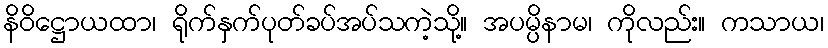
နိဝိဋ္ဌောယထာ၊ ရိုက်နှက်ပုတ်ခပ်အပ်သကဲ့သို့။ အပမ္ပိနာမ၊ ကိုလည်း။ ကသာယ၊